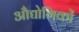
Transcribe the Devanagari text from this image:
औद्योगिकों